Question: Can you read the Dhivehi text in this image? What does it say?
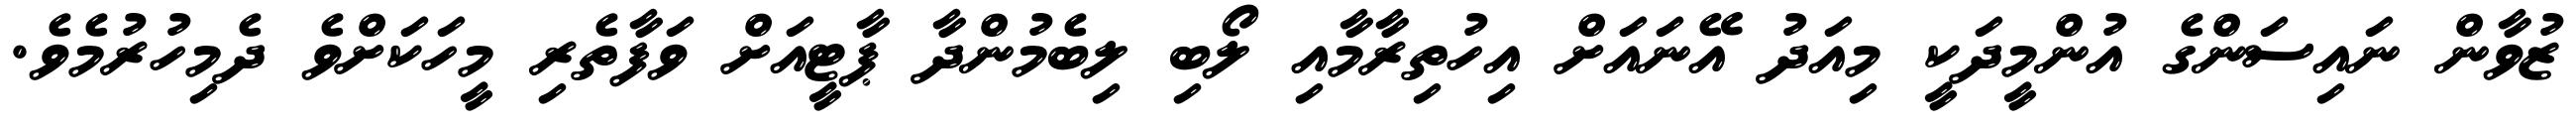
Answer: ޒުވާން ނައިސަންގެ އުންމީދަކީ މިއަދު އޭނައަށް އިހުތިރާމާއި ލޯބި ލިބެމުންދާ ޕާޓީއަށް ވަފާތެރި މީހަކަށްވެ ދެމިހުރުމެވެ.